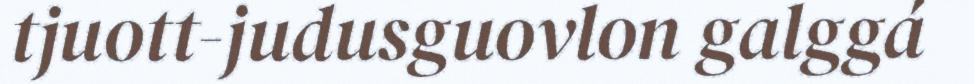
tjuott-judusguovlon galggá